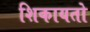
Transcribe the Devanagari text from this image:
शिकायतो